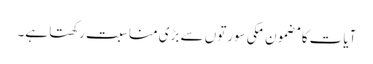
آیات کا مضمون مکی سورتوں سے بڑی مناسبت رکھتا ہے۔